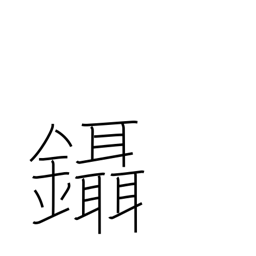
Meaning: pluck hair